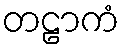
တဠာကံ